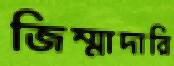
জিম্মাদারি